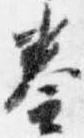
奏